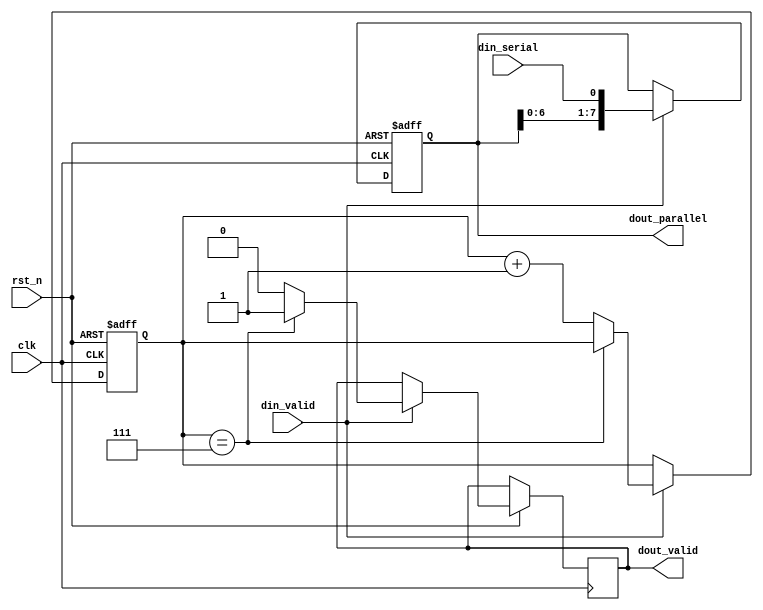
module serial2parallel (
  input wire clk,
  input wire rst_n,
  input wire din_serial,
  input wire din_valid,
  output wire [7:0] dout_parallel,
  output wire dout_valid
);
  reg [3:0] cnt;
  reg [7:0] parallel_data;
  
  always @(posedge clk or negedge rst_n) begin
    if (~rst_n) begin
      cnt <= 0;
      parallel_data <= 0;
    end
    else begin
      if (din_valid) begin
        if (cnt == 7) begin
          parallel_data <= {parallel_data[6:0], din_serial};
          dout_valid <= 1;
        end
        else begin
          parallel_data <= {parallel_data[6:0], din_serial};
          dout_valid <= 0;
          cnt <= cnt + 1;
        end
      end
    end
  end
  
  assign dout_parallel = parallel_data;
  
endmodule